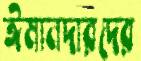
ঈমানদারদের